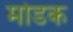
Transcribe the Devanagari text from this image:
माेडक